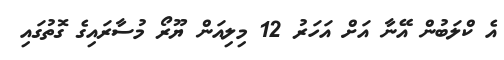
އެ ކްލަބުން އޭނާ އަށް އަހަރު 12 މިލިއަން ޔޫރޯ މުސާރައިގެ ގޮތުގައި